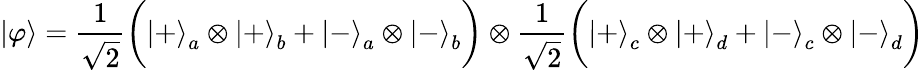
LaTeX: \left|\varphi\right\rangle={\frac{1}{\sqrt{2}}}{\bigg(}\left|+\right\rangle_{a}\otimes\left|+\right\rangle_{b}+\left|-\right\rangle_{a}\otimes\left|-\right\rangle_{b}{\bigg)}\otimes{\frac{1}{\sqrt{2}}}{\bigg(}\left|+\right\rangle_{c}\otimes\left|+\right\rangle_{d}+\left|-\right\rangle_{c}\otimes\left|-\right\rangle_{d}{\bigg)}